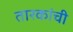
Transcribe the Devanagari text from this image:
तारकांची